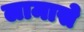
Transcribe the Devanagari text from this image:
लामासे